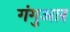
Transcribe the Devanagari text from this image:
गंगुआर